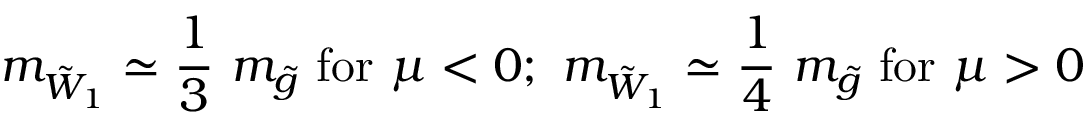
m _ { { \tilde { W } } _ { 1 } } \simeq \frac { 1 } { 3 } ~ m _ { { \tilde { g } } } ~ \mathrm { f o r } ~ \mu < 0 ; ~ m _ { { \tilde { W } } _ { 1 } } \simeq \frac { 1 } { 4 } ~ m _ { { \tilde { g } } } ~ \mathrm { f o r } ~ \mu > 0